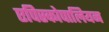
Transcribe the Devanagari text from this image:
एपिस्कोपालियन